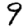
Digit: 9